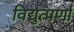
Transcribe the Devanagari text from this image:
विद्युत्पर्णा